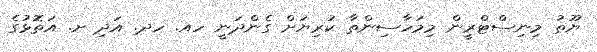
ޔޫތު މިނިސްޓްރީން މިމަހާސިންތާ ކުރިޔަށް ގެންދަނީ ހއ. ހދ. އަދި ށ. އަތޮޅުގެ